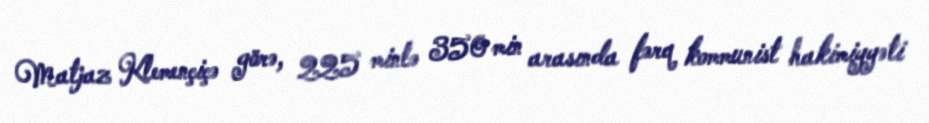
Matjaz Klemençiçə görə, 225 minlə 350 min arasında fərq kommunist hakimiyyəti